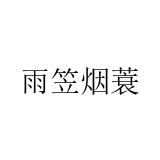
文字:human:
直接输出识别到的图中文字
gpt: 雨笠烟蓑